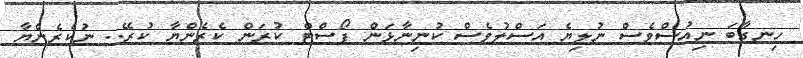
ހިނގާބަ ނިއުސްވެސް ނުލިޔެ އަސްލުވެސް ކުނިނާޅަން ޕޯސްޓް ކުރަން ކެރެންޔާ ކުރޭ.. ނުކެރެންޔާ